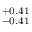
_ { - 0 . 4 1 } ^ { + 0 . 4 1 }